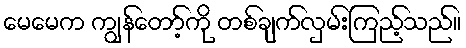
မေမေက ကျွန်တော့်ကို တစ်ချက်လှမ်းကြည့်သည်။